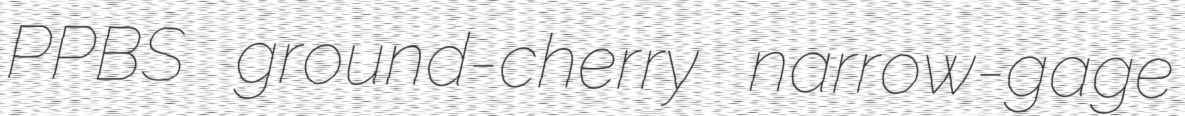
PPBS ground-cherry narrow-gage